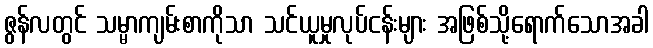
ဇွန်လတွင် သမ္မာကျမ်းစာကိုသာ သင်ယူမှုလုပ်ငန်းများ အဖြစ်သို့ရောက်သောအခါ